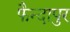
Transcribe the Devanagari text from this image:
फैन्दापुर